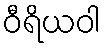
ဝီရိယဝါ